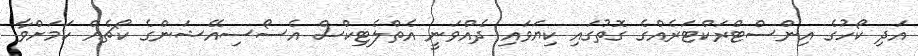
އަދި ކޯހުގެ އިންސްޓްރަކްޓަރެއްގެ ގޮތުގައި ކިޔަވައި ދެއްވަނީ އެތްލެޓިކްސް އެސޯސިއޭޝަންގެ ކޯޗެއް ކަމަށްވާ